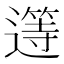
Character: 𲅷